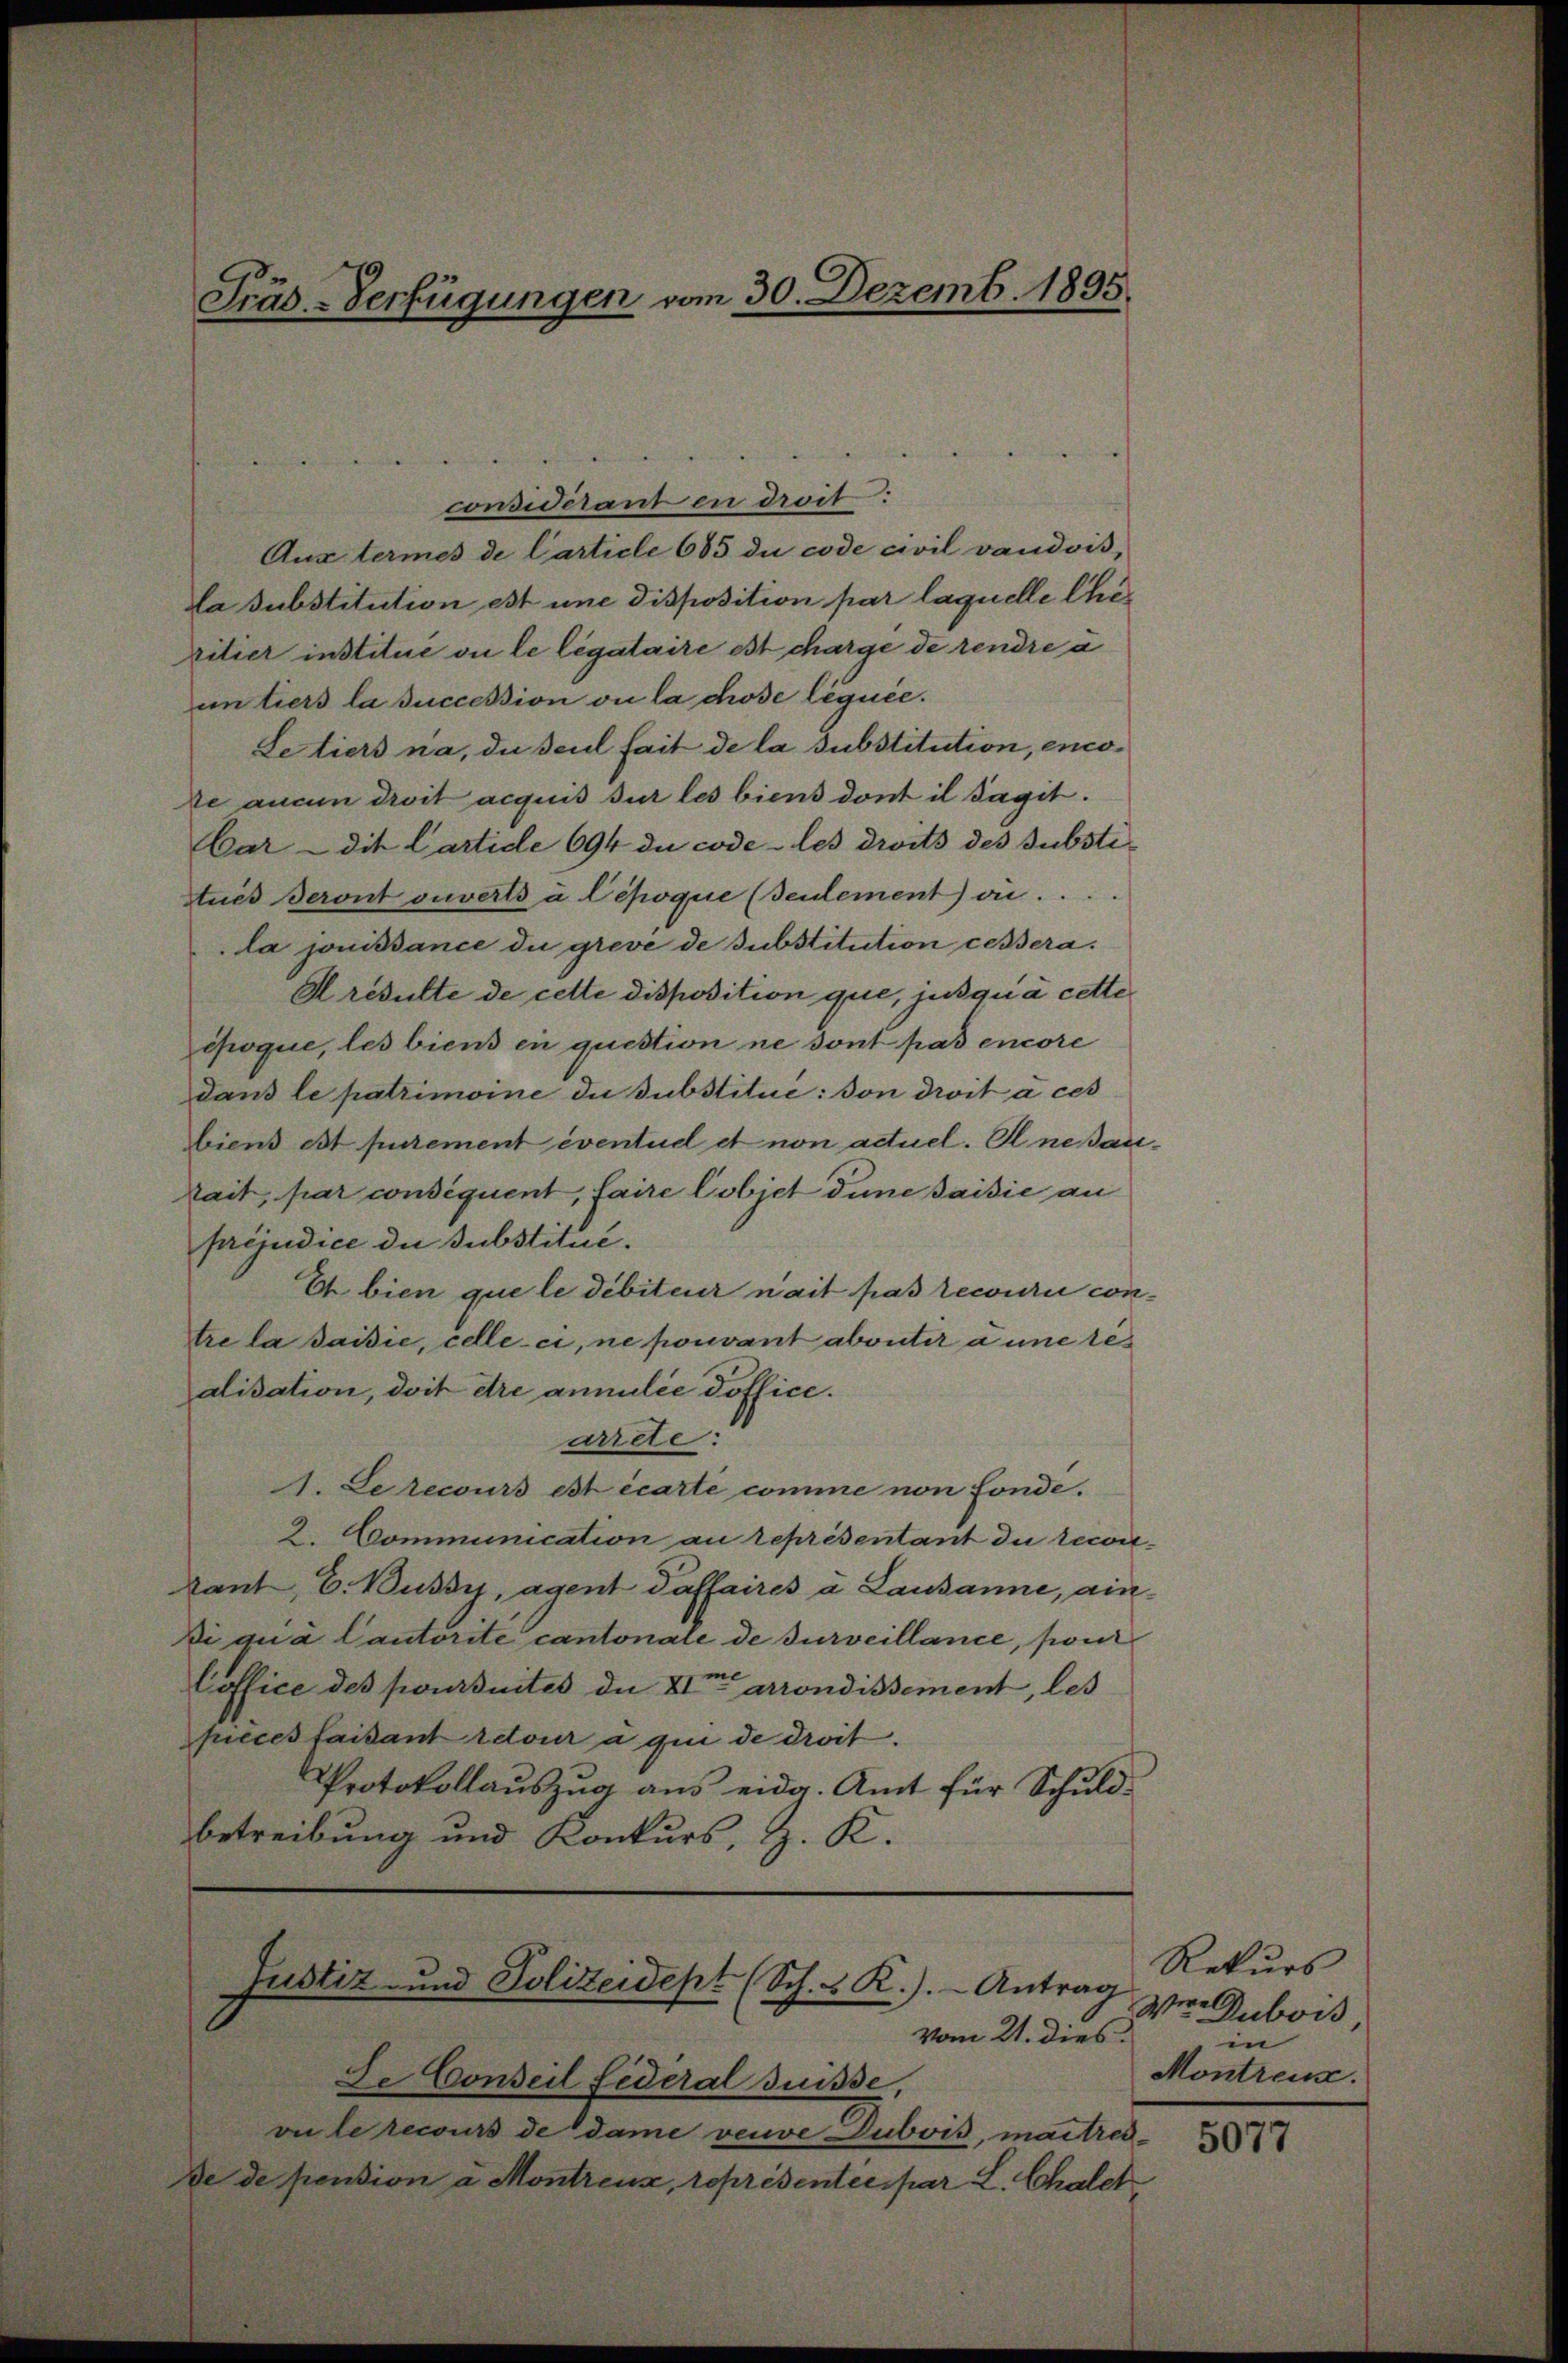
Präs.-Verfügungen vom 30. Dezemb. 1895.

considérant en droit:
Aux termes de Carticle 685 du code civil vaudois,
la substitution est une disposition par laquelle Cheritier institue ou le légataire est chargé de rendre à
un tiers la succession ou la chose léguée.
Letiers na, du seul fait de la substitution, encoke aucun droit acquis sur les biens dont il sagit.
Car - die Cartide 694 du code les droits des Substi¬
Atués Beront ouverts a Cépoque (Teulement) on....
la jouissance du grevé de substitution cessera
Hresulte de cette disposition que, jusqu’à cette
époque, les biens en question ne sont pas encore
dans le patrimoine du substitue: Von droit à ces
biens est purement eventue et non actuel. Aneßaurait, par conséquent, faire Cobjet dune saisie an
préjudice die substitué.
Eh bien que le débiteur nait pas recourie contre la saisie, celle-ci, ne pouvant abvnter a une res
alisation, doit dre anmilie doffice.
arrde:
1. Le recours est écarte comme non fonde.
2. Communication au représentant die recikant, E. Bussi, agent daffaires a Lausanne, ain¬
Di qua Cautorite cantonale de surveillance, pou
Loffice des poursuites die Veren arrondissement, les
pieces faisant retour a qui de droit.
Protokollaŭszŭg ans eidg. Amt für Schuld-
betreibung und Konkurs, z. K.

Justiz- und Polizeidept (Sch.  R.). Antrag
vom 21. dies

Se Conseil Federal Suisse,
vu le recours de dame veuve Dubois, maitreide de pension a Montreus, représentée par L. Chalet

Rekurs
Wer Dubois
in
Montreux.

5077